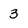
Character: 3